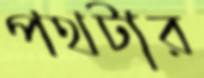
পথটার